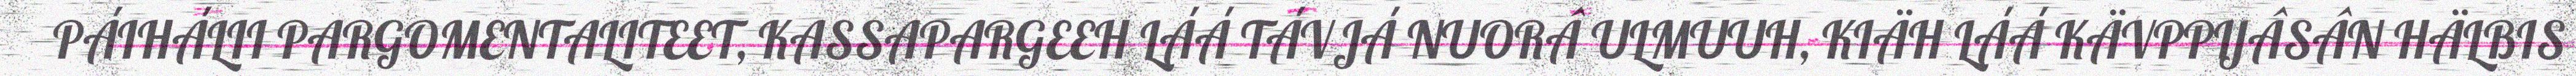
PÁIHÁLII PARGOMENTALITEET, KASSAPARGEEH LÁÁ TÁVJÁ NUORÂ ULMUUH, KIÄH LÁÁ KÄVPPIJÂSÂN HÄLBIS